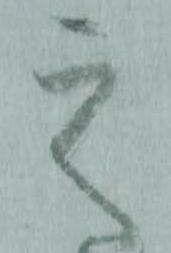
之